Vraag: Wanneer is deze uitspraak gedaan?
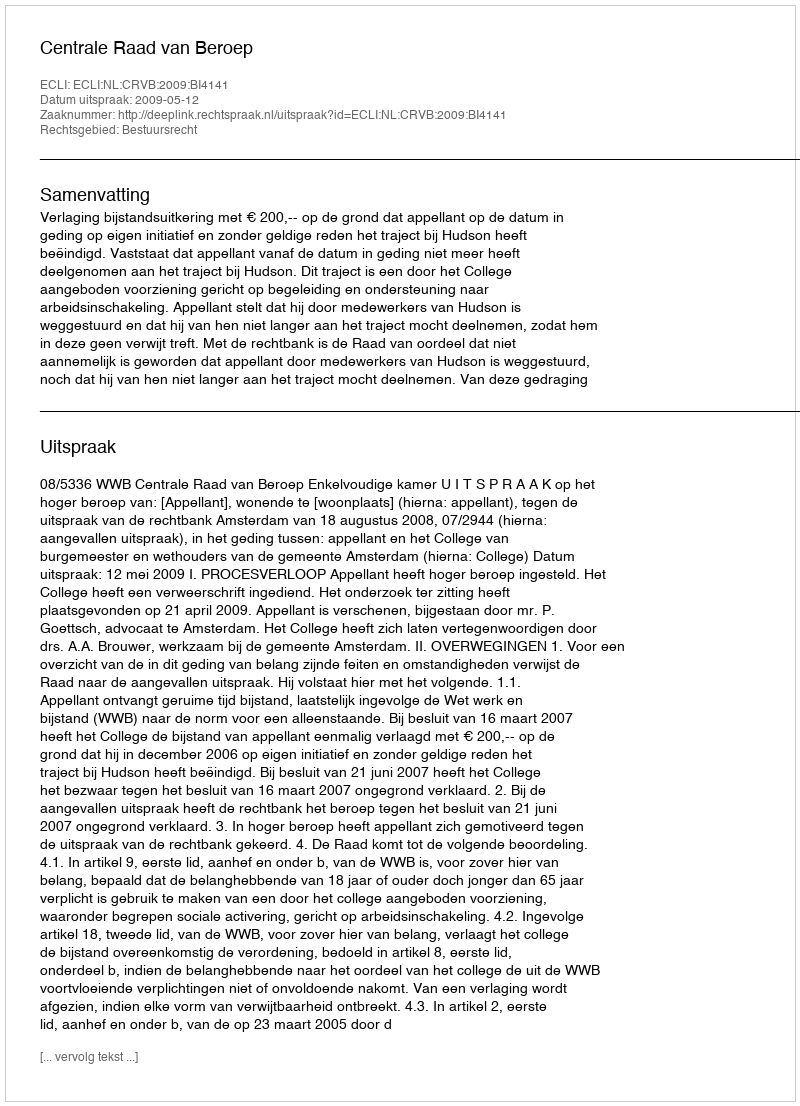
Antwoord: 2009-05-12